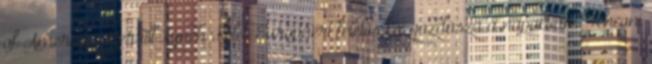
of America-Merrill Lynch Kelet-Európáért felelős közgazdásza a napokban. Tenconi